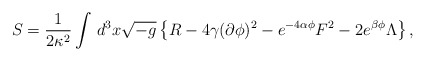
\begin{align*}S = \frac1{2\kappa^2} \int \, d^3x \sqrt{-g} \left\{ R - 4 \gamma (\partial \phi)^2 - e^{-4\alpha\phi} F^2 - 2 e^{\beta\phi} \Lambda \right\}, \end{align*}